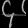
Digit: ၄